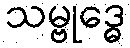
သမ္ဗုဒ္ဓေ